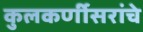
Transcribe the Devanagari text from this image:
कुलकर्णीसरांचे